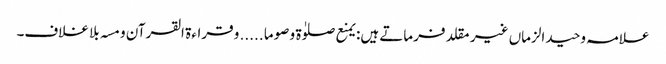
علامہ وحید الزماں غیر مقلد فرماتے ہیں: یمنع صلوٰۃ و صوما ..... و قراءۃ القرآن و مسہ بلا غلاف۔